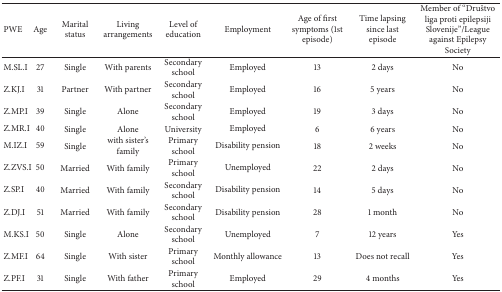
<table><thead><tr><td><b>PWE</b></td><td><b>Age</b></td><td><b>Marital status</b></td><td><b>Living arrangements</b></td><td><b>Level of education</b></td><td><b>Employment</b></td><td><b>Age of first symptoms (1st episode)</b></td><td><b>Time lapsing since last episode</b></td><td><b>Member of “Društvo liga proti epilepsiji Slovenije”/League against Epilepsy Society</b></td></tr></thead><tbody><tr><td>M.SL.I</td><td>27</td><td>Single</td><td>With parents</td><td>Secondary school</td><td>Employed</td><td>13</td><td>2 days</td><td>No</td></tr><tr><td>Z.KJ.I</td><td>31</td><td>Partner</td><td>With partner</td><td>Secondary school</td><td>Employed</td><td>16</td><td>5 years</td><td>No</td></tr><tr><td>Z.MP.I</td><td>39</td><td>Single</td><td>Alone</td><td>Secondary school</td><td>Employed </td><td>19</td><td>3 days</td><td>No</td></tr><tr><td>Z.MR.I</td><td>40</td><td>Single</td><td>Alone</td><td>University</td><td>Employed </td><td>6</td><td>6 years</td><td>No</td></tr><tr><td>M.IZ.I</td><td>59</td><td>Single</td><td>with sister&#x27;s family</td><td>Primary school</td><td>Disability pension</td><td>18</td><td>2 weeks</td><td>No</td></tr><tr><td>Z.ZVS.I</td><td>50</td><td>Married</td><td>With family</td><td>Primary school</td><td>Unemployed</td><td>22</td><td>2 days</td><td>No</td></tr><tr><td>Z.SP.I</td><td>40</td><td>Married</td><td>With family</td><td>Secondary school</td><td>Disability pension</td><td>14</td><td>5 days</td><td>No</td></tr><tr><td>Z.DJ.I</td><td>51</td><td>Married</td><td>With family</td><td>Secondary school</td><td>Disability pension</td><td>28</td><td>1 month</td><td>No</td></tr><tr><td>M.KS.I</td><td>50</td><td>Single</td><td>Alone</td><td>Secondary school</td><td>Unemployed</td><td>7</td><td>12 years</td><td>Yes</td></tr><tr><td>Z.MF.I</td><td>64</td><td>Single</td><td>With sister</td><td>Primary school</td><td>Monthly allowance</td><td>13</td><td>Does not recall</td><td>Yes</td></tr><tr><td>Z.PF.I</td><td>31</td><td>Single</td><td>With father </td><td>Primary school</td><td>Employed</td><td>29</td><td>4 months</td><td>Yes</td></tr></tbody></table>